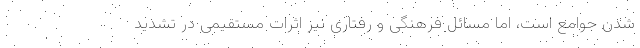
شدن جوامع است، اما مسائل فرهنگی و رفتاری نیز اثرات مستقیمی در تشدید